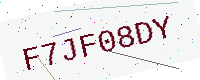
Text: F7JF08DY